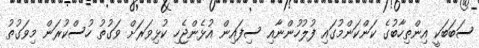
ސަބަބަކީ އިންތިހާބުގެ ކަންކަންމުގައި ފުލުހުންނާއި ސިފައިން އުޅެންޖެހި ކުޅިވަރަށް ވަގުތު ހުސްކުރަން މިވަގުތު